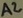
Text: A2